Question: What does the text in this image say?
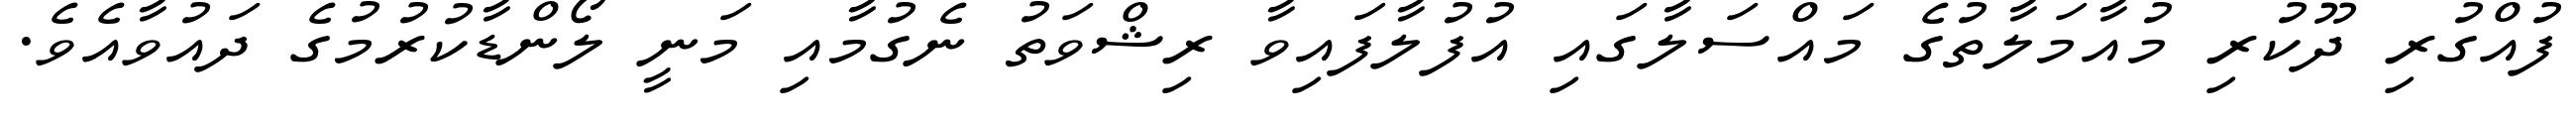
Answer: ފުއްގުރި ދޫކުރި މުއާމަލާތުގެ މައްސަލާގައި އުފުލާފައިވާ ރިޝްވަތު ނެގުމާއި މަނީ ލޯންޑާކުރުމުގެ ދައުވާއެވެ.